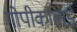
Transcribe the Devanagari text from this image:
गोपीकाबाई